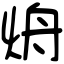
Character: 烐